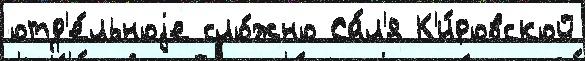
отд'е́льноjе сло́жно Са́л'я К'и́ровской